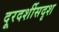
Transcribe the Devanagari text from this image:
दूरदर्शीसदृश